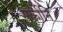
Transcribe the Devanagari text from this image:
सर्कोनि